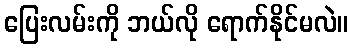
ပြေးလမ်းကို ဘယ်လို ရောက်နိုင်မလဲ။